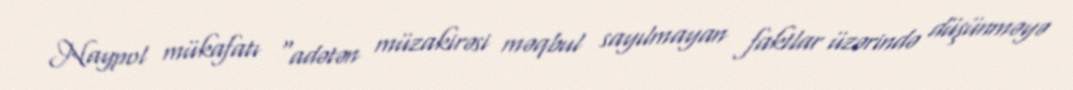
Naypol mükafatı "adətən müzakirəsi məqbul sayılmayan faktlar üzərində düşünməyə